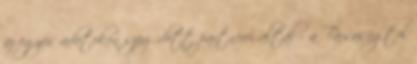
az egyes adatokon szerződött partnerei által – a Társaságtól